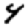
Digit: 4